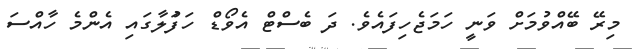
މިރޭ ބޭއްވުމަށް ވަނީ ހަމަޖެހިފައެވެ. ދަ ބެސްޓް އެވޯޑް ހަފަުލާގައި އެންމެ ހާއްސަ